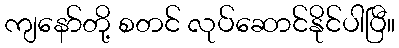
ကျနော်တို့ စတင် လုပ်ဆောင်နိုင်ပါပြီ။